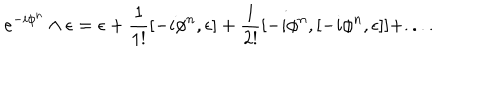
LaTeX: e ^ { - i \phi ^ { n } } \wedge \epsilon = \epsilon + \frac { 1 } { 1 ! } [ - i \phi ^ { n } , \epsilon ] + \frac { 1 } { 2 ! } [ - i \phi ^ { n } , [ - i \phi ^ { n } , \epsilon ] ] + . . . . \nonumber